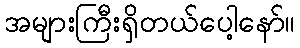
အများကြီးရှိတယ်ပေါ့နော်။